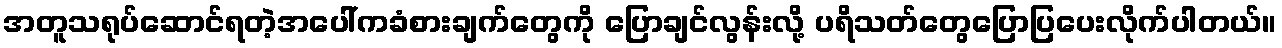
အတူသရုပ်ဆောင်ရတဲ့အပေါ်ကခံစားချက်တွေကို ပြောချင်လွန်းလို့ ပရိသတ်တွေပြောပြပေးလိုက်ပါတယ်။